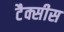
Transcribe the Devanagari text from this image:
टैक्सीस